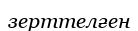
зерттелғен